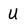
Character: U